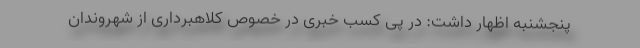
پنجشنبه اظهار داشت: در پی کسب خبری در خصوص کلاهبرداری از شهروندان